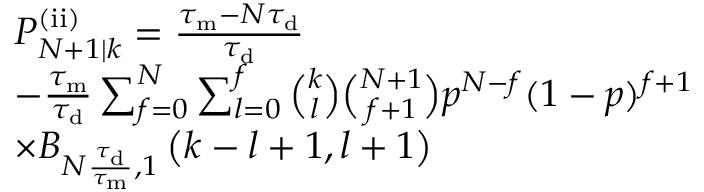
\begin{array} { r l } & { P _ { N + 1 | k } ^ { \mathrm { ( i i ) } } = \frac { \tau _ { \mathrm { m } } - N \tau _ { \mathrm { d } } } { \tau _ { \mathrm { d } } } } \\ & { - \frac { \tau _ { \mathrm { m } } } { \tau _ { \mathrm { d } } } \sum _ { f = 0 } ^ { N } \sum _ { l = 0 } ^ { f } \binom { k } { l } \binom { N + 1 } { f + 1 } p ^ { N - f } ( 1 - p ) ^ { f + 1 } } \\ & { \times B _ { N \frac { \tau _ { \mathrm { d } } } { \tau _ { \mathrm { m } } } , 1 } \left( k - l + 1 , l + 1 \right) } \end{array}